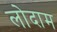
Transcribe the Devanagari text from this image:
लोदाम